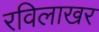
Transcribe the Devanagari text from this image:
रविलाखर